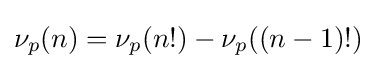
\nu _{p}(n)=\nu _{p}(n!)-\nu _{p}((n-1)!)